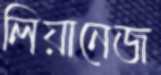
লিয়ানেজ